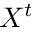
X ^ { t }